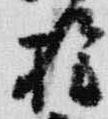
権